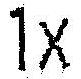
1X